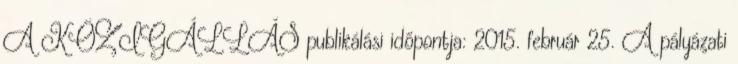
A KÖZIGÁLLÁS publikálási időpontja: 2015. február 25. A pályázati